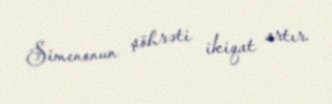
Simenonun şöhrəti ikiqat artır.